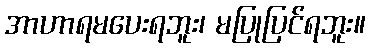
အာဟာရမပေးရဘူး၊ မပြုပြင်ရဘူး။